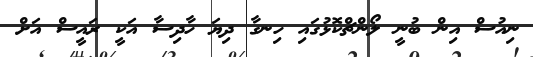
ނިއުސް އިން ބުނީ ލޯންޗްކޮޅުގައި ހިނގާ ދިޔަ ހާދިސާ އަކީ ރައީސް އަށް